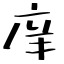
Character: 庠